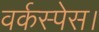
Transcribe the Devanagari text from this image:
वर्कस्पेस।